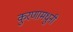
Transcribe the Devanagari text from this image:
कुरणामधुनी